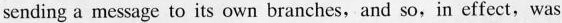
sending a message to its own branches,and so,in effect,was